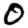
Digit: 0